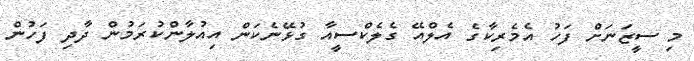
މި ސީޒަނަށް ފަހު އެމެރިކާގެ އެލްއޭ ގެލެކްސީއާ ގުޅޭނެކަން އިއުލާންކުރަމުން ދާދި ފަހުން